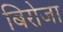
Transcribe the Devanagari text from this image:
बिरोजा